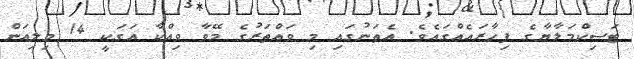
ޓަސިކްމަލާޔާގެ ފިހާރައެއްގައެވެ. އެތަނުގައި މި ވައްތަރުގެ މޭވާ ވިއްކާ އަގަކީ 14 މިލިއަން